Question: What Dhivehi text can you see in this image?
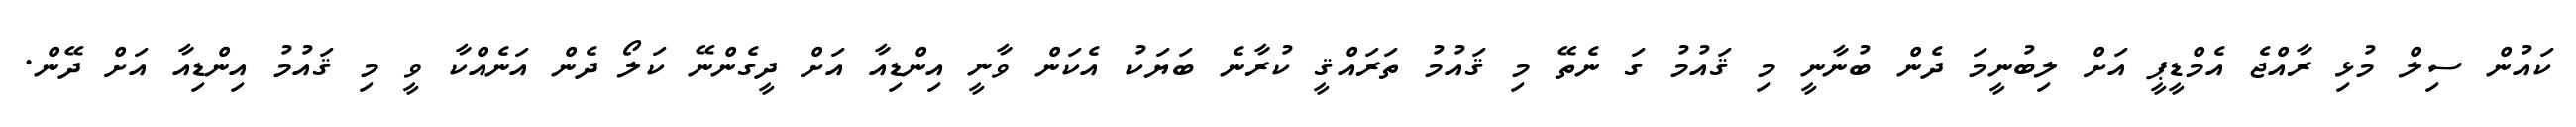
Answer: ކައުން ސިލް މުޅި ރާއްޖެ އެމްޑީޕީ އަށް ލިބުނީމަ ދެން ބުނާނީ މި ޤައުމު ގަ ނެތޭ މި ޤައުމު ތަރައްޤީ ކުރާނެ ބަޔަކު އެކަން ވާނީ އިންޑިއާ އަށް ދީގެންނޭ ކަލޯ ދެން އަނެއްކާ ވީ މި ޤައުމު އިންޑިއާ އަށް ދޭން.